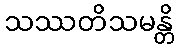
သဿတိသမန္တိ